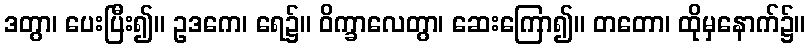
ဒတွာ၊ ပေးပြီး၍။ ဥဒကေ၊ ရေ၌။ ဝိက္ခာလေတွာ၊ ဆေးကြော၍။ တတော၊ ထိုမှနောက်၌။